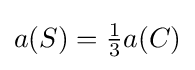
{\textstyle a(S)={\frac {1}{3}}a(C)}